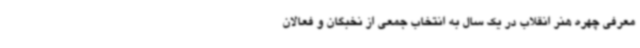
معرفی چهره هنر انقلاب در یک سال به انتخاب جمعی از نخبگان و فعالان